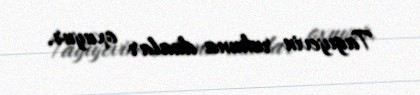
Tagıyevin ruhuna dualar oxuyur.